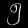
Digit: ၅